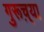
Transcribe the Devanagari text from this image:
गुरूच़्या